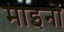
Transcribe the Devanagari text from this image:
माइनों